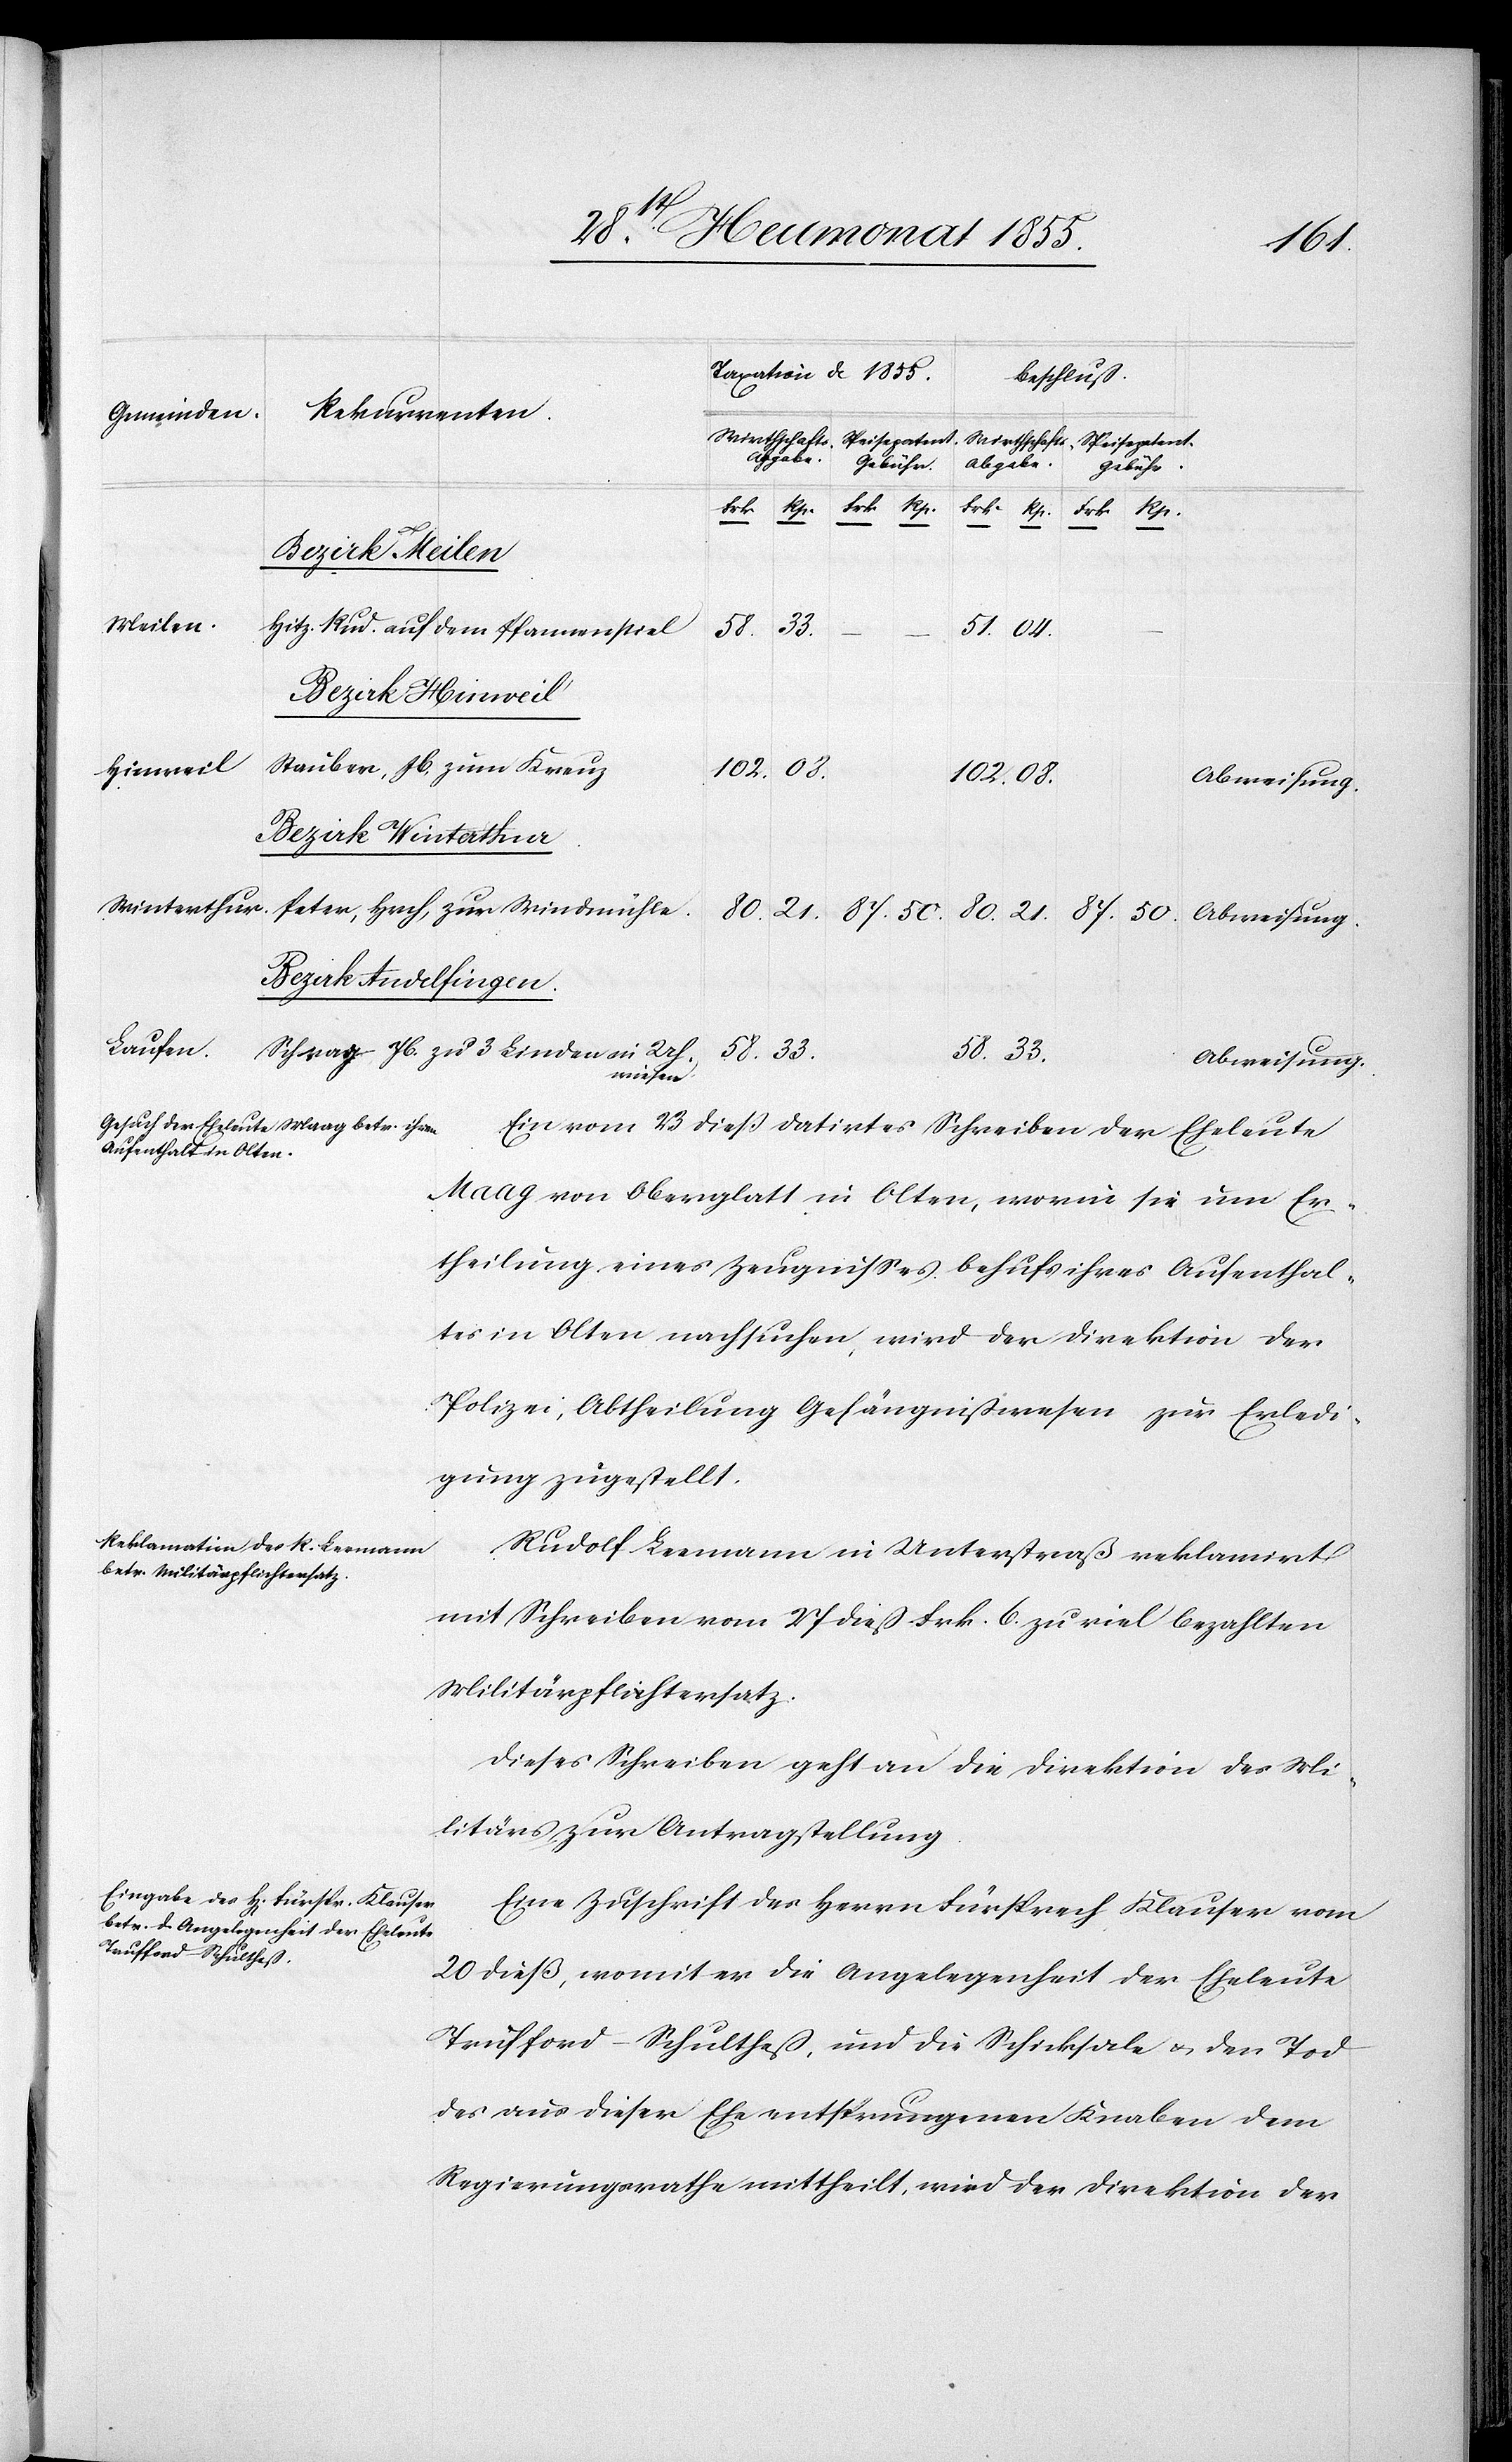
[Taxation v. 1855.]
[Beschluß.]
[Rekurrenten]
[Gemeinden.]
Meilen.
Hitz. Rud. auf dem Pfannenstiel
33.
33.
Bezirk Hinweil
Stauber, Jb, zum Kreuz
Hinweil
102.
Uh¬
Winterthur.
Peter, Hrch, zur Windmühle.
87.
58.
Bezirk Andelfingen.
Laufen.
Schrag, Jb. zu 3 Linden
Abweisung.
wiesen
Ein vom 23 dieß datirtes Schreiben der Eheleute
Maag von Oberglatt in Olten, worin sie um Er¬
theilung eines Zeugnisses behufs ihres Aufenthal¬
tes in Olten nachsuchen, wird der Direktion der
Polizei, Abtheilung Gefängnißwesen zur Erledi¬
gung zugestellt.
Rudolf Leemann in Unterstraß reklamirt
mit Schreiben vom 27 dieß Frk. 6. zu viel bezahlten
Militärpflichtersatz.
Dieses Schreiben geht an die Direktion des Mi¬
litärs zur Antragstellung.
Eine Zuschrift des Herrn Fürsprech Klauser vom
20 dieß, womit er die Angelegenheit der Eheleute
Trufford-Schultheß, und die Schicksale & den Tod
des aus dieser Ehe entsprungenen Knaben dem
Regierungsrathe mittheilt, wird der Direktion der